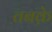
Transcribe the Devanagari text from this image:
तबके़